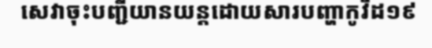
សេវាចុះបញ្ជីយានយន្តដោយសារបញ្ហាកូវីដ១៩